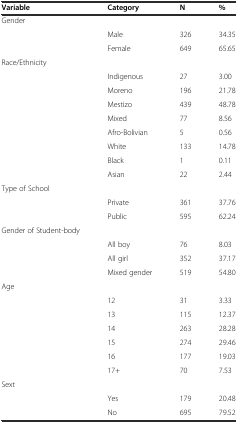
| Variable | Category | N | % |
 | --- | --- | --- | --- |
 | Gender |  |  |  |
 |  | Male | 326 | 34.35 |
 |  | Female | 649 | 65.65 |
 | Race/Ethnicity |  |  |  |
 |  | Indigenous | 27 | 3.00 |
 |  | Moreno | 196 | 21.78 |
 |  | Mestizo | 439 | 48.78 |
 |  | Mixed | 77 | 8.56 |
 |  | Afro-Bolivian | 5 | 0.56 |
 |  | White | 133 | 14.78 |
 |  | Black | 1 | 0.11 |
 |  | Asian | 22 | 2.44 |
 | Type of School |  |  |  |
 |  | Private | 361 | 37.76 |
 |  | Public | 595 | 62.24 |
 | Gender of Student-body |  |  |  |
 |  | All boy | 76 | 8.03 |
 |  | All girl | 352 | 37.17 |
 |  | Mixed gender | 519 | 54.80 |
 | Age |  |  |  |
 |  | 12 | 31 | 3.33 |
 |  | 13 | 115 | 12.37 |
 |  | 14 | 263 | 28.28 |
 |  | 15 | 274 | 29.46 |
 |  | 16 | 177 | 19.03 |
 |  | 17+ | 70 | 7.53 |
 | Sext |  |  |  |
 |  | Yes | 179 | 20.48 |
 |  | No | 695 | 79.52 |